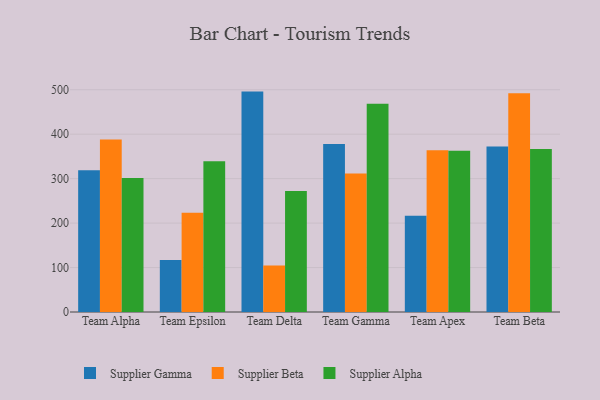
{"axis": {"x": "Team", "y": "Latency (ms)"}, "legend": ["Supplier Alpha", "Supplier Beta", "Supplier Gamma"], "data": [{"x": "Team Alpha", "y": 319.0, "type": "Supplier Gamma"}, {"x": "Team Alpha", "y": 388.1, "type": "Supplier Beta"}, {"x": "Team Alpha", "y": 301.5, "type": "Supplier Alpha"}, {"x": "Team Epsilon", "y": 116.8, "type": "Supplier Gamma"}, {"x": "Team Epsilon", "y": 223.2, "type": "Supplier Beta"}, {"x": "Team Epsilon", "y": 339.2, "type": "Supplier Alpha"}, {"x": "Team Delta", "y": 495.8, "type": "Supplier Gamma"}, {"x": "Team Delta", "y": 104.7, "type": "Supplier Beta"}, {"x": "Team Delta", "y": 272.4, "type": "Supplier Alpha"}, {"x": "Team Gamma", "y": 377.7, "type": "Supplier Gamma"}, {"x": "Team Gamma", "y": 311.3, "type": "Supplier Beta"}, {"x": "Team Gamma", "y": 468.5, "type": "Supplier Alpha"}, {"x": "Team Apex", "y": 216.8, "type": "Supplier Gamma"}, {"x": "Team Apex", "y": 363.7, "type": "Supplier Beta"}, {"x": "Team Apex", "y": 362.9, "type": "Supplier Alpha"}, {"x": "Team Beta", "y": 372.5, "type": "Supplier Gamma"}, {"x": "Team Beta", "y": 491.9, "type": "Supplier Beta"}, {"x": "Team Beta", "y": 366.4, "type": "Supplier Alpha"}]}